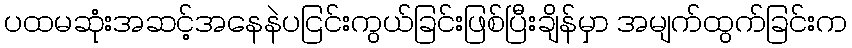
ပထမဆုံးအဆင့်အနေနဲပငြင်းကွယ်ခြင်းဖြစ်ပြီးချိန်မှာ အမျက်ထွက်ခြင်းက